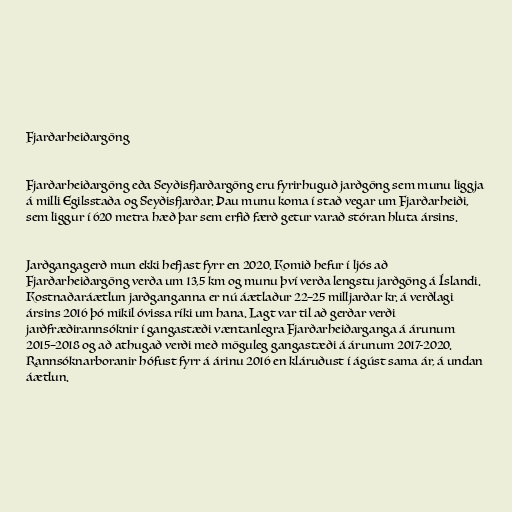
Fjarðarheiðargöng

Fjarðarheiðargöng eða Seyðisfjarðargöng eru fyrirhuguð jarðgöng sem munu liggja
á milli Egilsstaða og Seyðisfjarðar. Þau munu koma í stað vegar um Fjarðarheiði,
sem liggur í 620 metra hæð þar sem erfið færð getur varað stóran hluta ársins.

Jarðgangagerð mun ekki hefjast fyrr en 2020. Komið hefur í ljós að
Fjarðarheiðargöng verða um 13,5 km og munu því verða lengstu jarðgöng á Íslandi.
Kostnaðaráætlun jarðganganna er nú áætlaður 22–25 milljarðar kr. á verðlagi
ársins 2016 þó mikil óvissa ríki um hana. Lagt var til að gerðar verði
jarðfræðirannsóknir í gangastæði væntanlegra Fjarðarheiðarganga á árunum
2015–2018 og að athugað verði með möguleg gangastæði á árunum 2017-2020.
Rannsóknarboranir hófust fyrr á árinu 2016 en kláruðust í ágúst sama ár, á undan
áætlun.